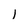
Character: l